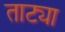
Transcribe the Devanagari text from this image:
ताट्या